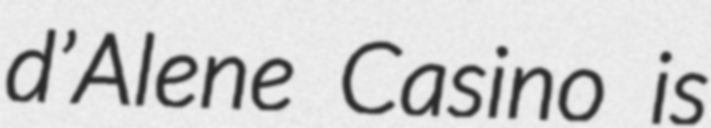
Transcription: d’Alene Casino is